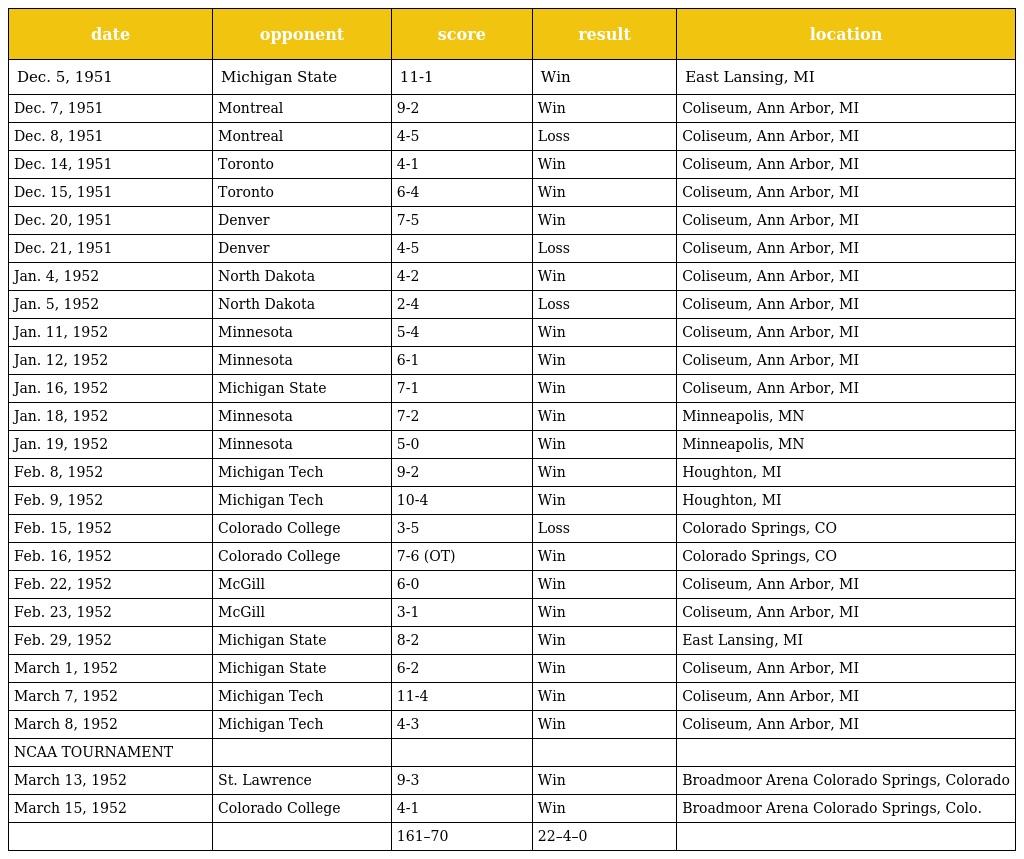
| date | opponent | score | result | location |
 | --- | --- | --- | --- | --- |
 | Dec. 5, 1951 | Michigan State | 11-1 | Win | East Lansing, MI |
 | Dec. 7, 1951 | Montreal | 9-2 | Win | Coliseum, Ann Arbor, MI |
 | Dec. 8, 1951 | Montreal | 4-5 | Loss | Coliseum, Ann Arbor, MI |
 | Dec. 14, 1951 | Toronto | 4-1 | Win | Coliseum, Ann Arbor, MI |
 | Dec. 15, 1951 | Toronto | 6-4 | Win | Coliseum, Ann Arbor, MI |
 | Dec. 20, 1951 | Denver | 7-5 | Win | Coliseum, Ann Arbor, MI |
 | Dec. 21, 1951 | Denver | 4-5 | Loss | Coliseum, Ann Arbor, MI |
 | Jan. 4, 1952 | North Dakota | 4-2 | Win | Coliseum, Ann Arbor, MI |
 | Jan. 5, 1952 | North Dakota | 2-4 | Loss | Coliseum, Ann Arbor, MI |
 | Jan. 11, 1952 | Minnesota | 5-4 | Win | Coliseum, Ann Arbor, MI |
 | Jan. 12, 1952 | Minnesota | 6-1 | Win | Coliseum, Ann Arbor, MI |
 | Jan. 16, 1952 | Michigan State | 7-1 | Win | Coliseum, Ann Arbor, MI |
 | Jan. 18, 1952 | Minnesota | 7-2 | Win | Minneapolis, MN |
 | Jan. 19, 1952 | Minnesota | 5-0 | Win | Minneapolis, MN |
 | Feb. 8, 1952 | Michigan Tech | 9-2 | Win | Houghton, MI |
 | Feb. 9, 1952 | Michigan Tech | 10-4 | Win | Houghton, MI |
 | Feb. 15, 1952 | Colorado College | 3-5 | Loss | Colorado Springs, CO |
 | Feb. 16, 1952 | Colorado College | 7-6 (OT) | Win | Colorado Springs, CO |
 | Feb. 22, 1952 | McGill | 6-0 | Win | Coliseum, Ann Arbor, MI |
 | Feb. 23, 1952 | McGill | 3-1 | Win | Coliseum, Ann Arbor, MI |
 | Feb. 29, 1952 | Michigan State | 8-2 | Win | East Lansing, MI |
 | March 1, 1952 | Michigan State | 6-2 | Win | Coliseum, Ann Arbor, MI |
 | March 7, 1952 | Michigan Tech | 11-4 | Win | Coliseum, Ann Arbor, MI |
 | March 8, 1952 | Michigan Tech | 4-3 | Win | Coliseum, Ann Arbor, MI |
 | NCAA TOURNAMENT |  |  |  |  |
 | March 13, 1952 | St. Lawrence | 9-3 | Win | Broadmoor Arena Colorado Springs, Colorado |
 | March 15, 1952 | Colorado College | 4-1 | Win | Broadmoor Arena Colorado Springs, Colo. |
 |  |  | 161–70 | 22–4–0 |  |